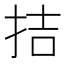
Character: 拮